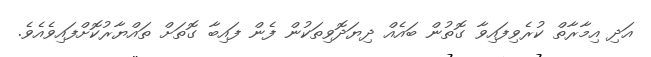
އަދި އިމާރާތް ކުރެވިފައިވާ ގޮތުން ބައެއް ދިޔަދޮވިތަކުން ފެން ފައިބާ ގޮތަށް ތައްޔާރުކޮށްފައިވެއެވެ.